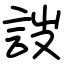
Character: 詜